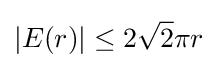
|E(r)|\leq 2{\sqrt {2}}\pi r